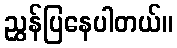
ညွှန်ပြနေပါတယ်။